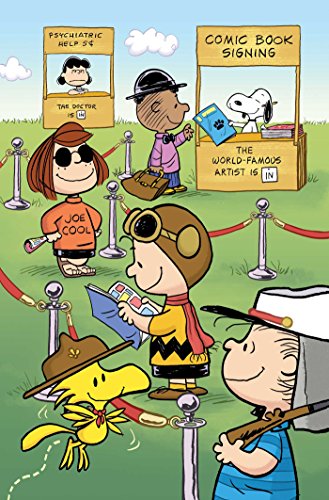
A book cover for Peanuts Vol. 7; Children's Books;